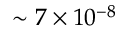
\sim 7 \times 1 0 ^ { - 8 }